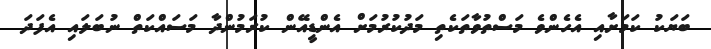
ބަޔަކު ކަމަށާއި އެހެންވެ މަސްތުވާތަކެތި މަދުކުރުމަށް އެންޑީއޭން ކުރަމުންދާ މަސައްކަތް ނުބަލައި އެފަދަ